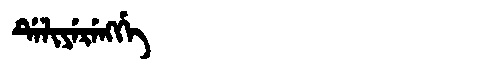
Manchu: ᡩᡝᠯᡳᠶᡝᡵᡝᠩᡤᡝ
Romanization: DELIYERENGGE